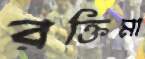
রক্তিমা